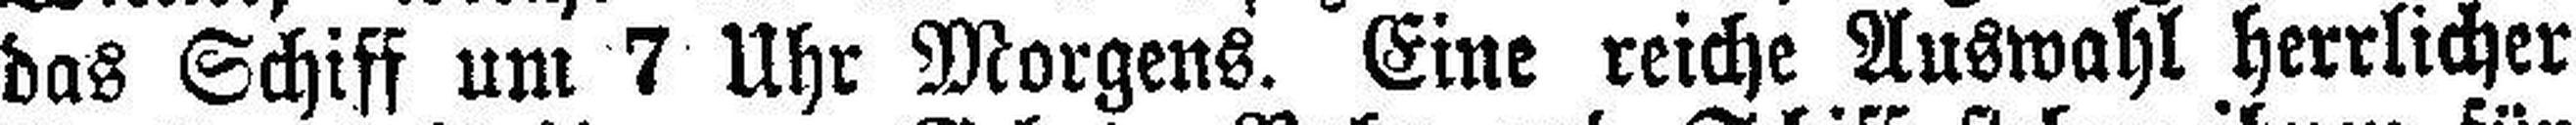
das Schiff um 7 Uhr Morgens. Eine reiche Auswahl herrlicher